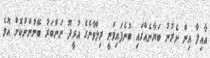
އާއިލާ އިން ނެރުނު ބަޔާނެއްގައި ބުނެފައިވަނީ ރިލްވާންގެ އުރީދޫ ނަންބަރު ބޭނުންނުކޮށް އޮވެ